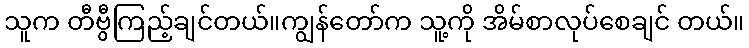
သူက တီဗွီကြည့်ချင်တယ်။ကျွန်တော်က သူ့ကို အိမ်စာလုပ်စေချင် တယ်။